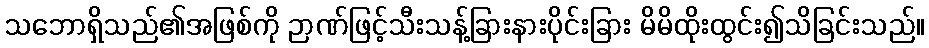
သဘောရှိသည်၏အဖြစ်ကို ဉာဏ်ဖြင့်သီးသန့်ခြားနားပိုင်းခြား မိမိထိုးထွင်း၍သိခြင်းသည်။